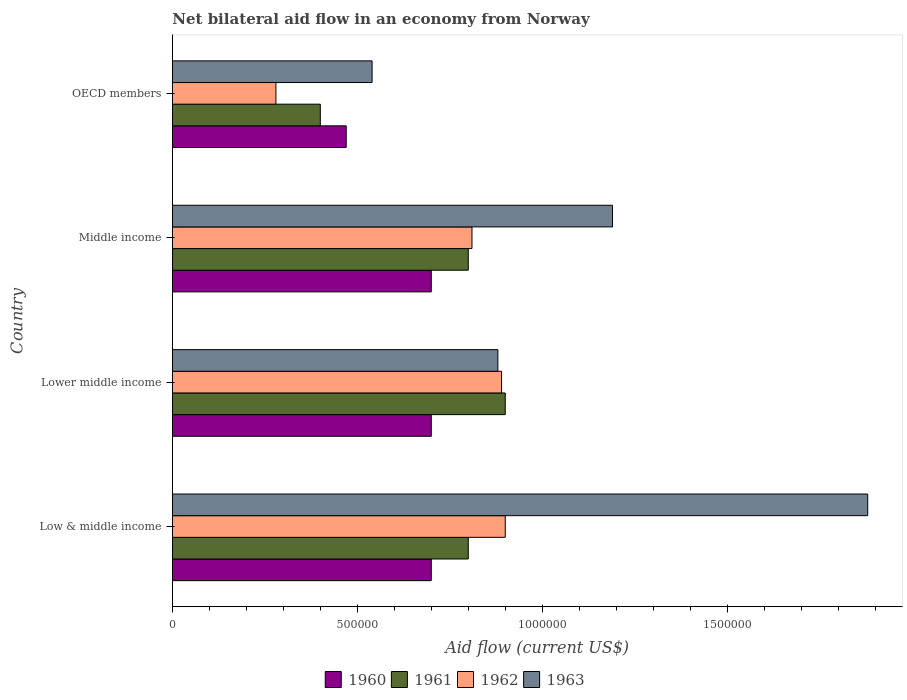
| Country | 1960 | 1961 | 1962 | 1963 |
 | --- | --- | --- | --- | --- |
 | Low & middle income | 7e+05 | 8e+05 | 9e+05 | 1.88e+06 |
 | Lower middle income | 7e+05 | 9e+05 | 8.9e+05 | 8.8e+05 |
 | Middle income | 7e+05 | 8e+05 | 8.1e+05 | 1.19e+06 |
 | OECD members | 4.7e+05 | 4e+05 | 2.8e+05 | 5.4e+05 |